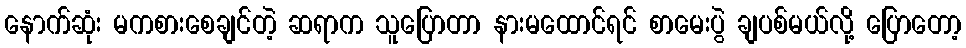
နောက်ဆုံး မကစားစေချင်တဲ့ ဆရာက သူပြောတာ နားမထောင်ရင် စာမေးပွဲ ချပစ်မယ်လို့ ပြောတော့